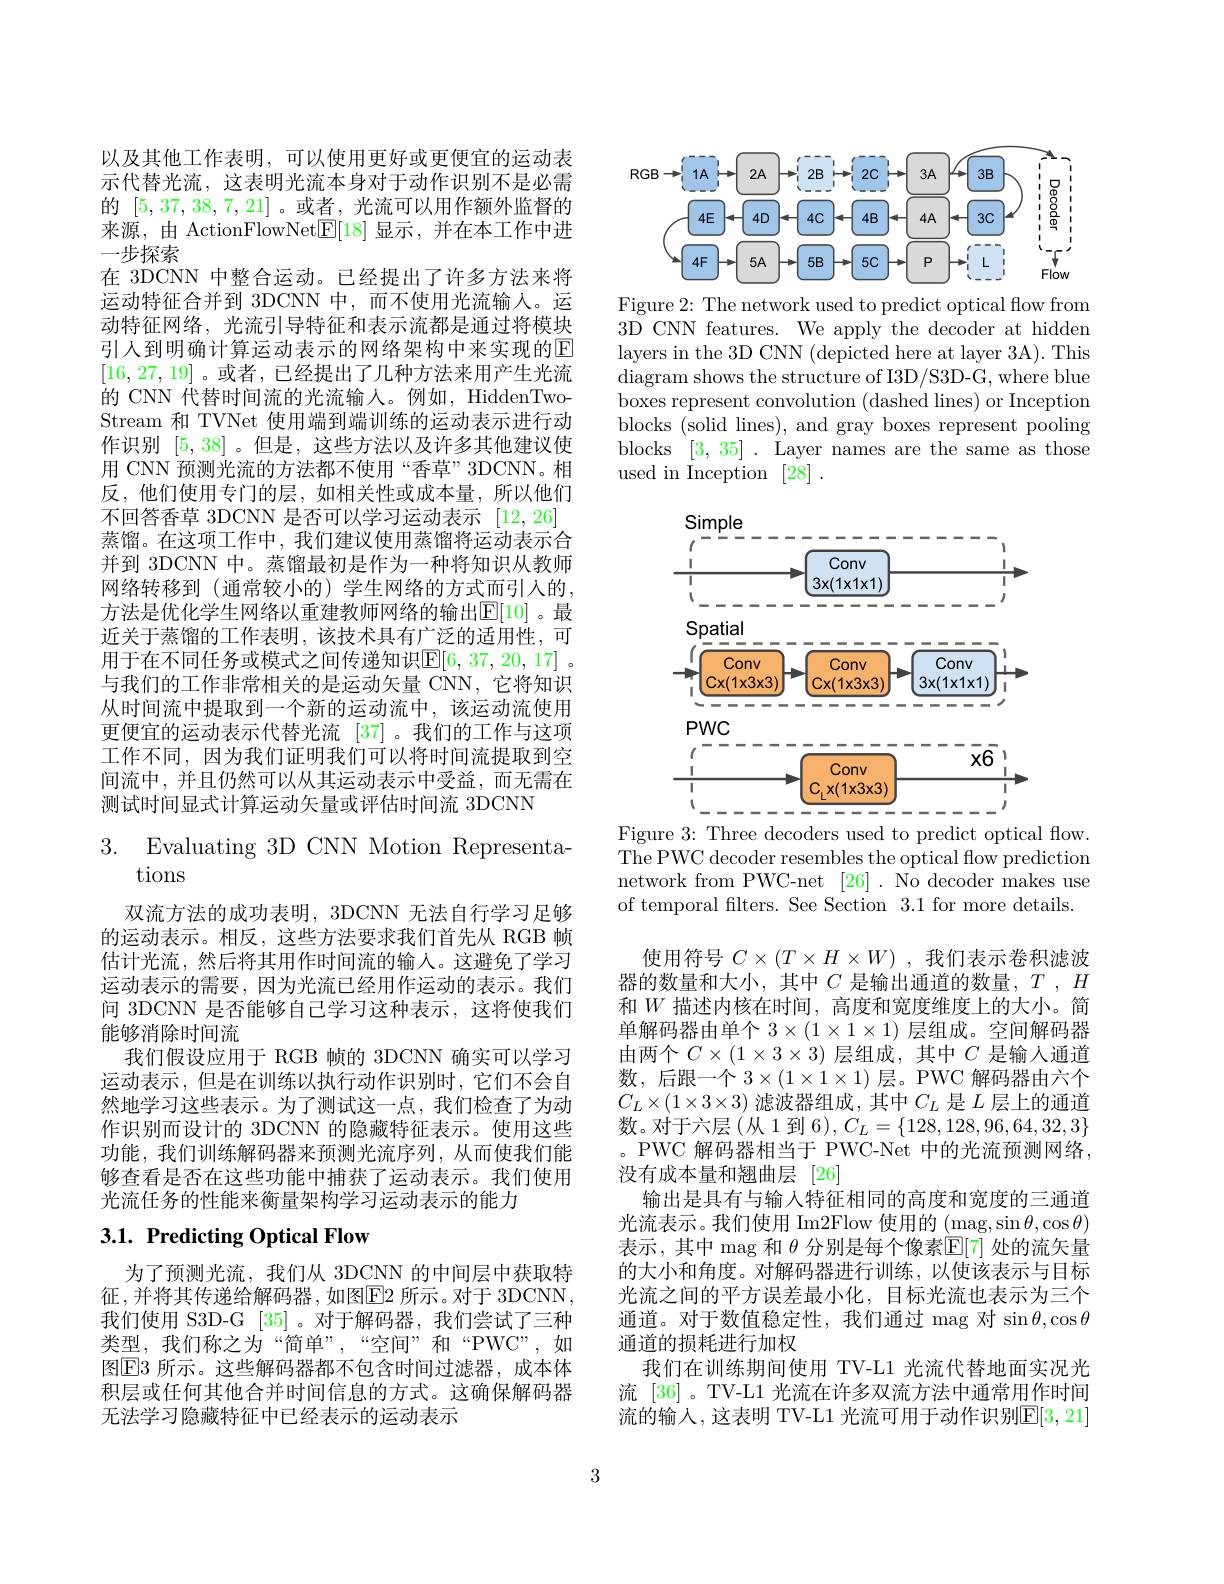
以及其他工作表明，可以使用更好或更便宜的运动表示代替光流，这表明光流本身对于动作识别不是必需的[5,37,38,7,21] 。或者 ,光流可以用作额外监督的来源，由 ActionFlowNet$\boxed{\mathrm{F}}[18]$显示，并在本工作中进一步探索
在 3DCNN 中整合运动。已经提出了许多方法来将运动特征合并到 3DCNN 中，而不使用光流输人。运动特征网络，光流引导特征和表示流都是通过将模块引人到明确计算运动表示的网络架构中来实现的E [16,27,19] 。或者 ,已经提出了几种方法来用产生光流的 CNN 代替时间流的光流输人。例如，HiddenTwoStream 和 TVNet 使用端到端训练的运动表示进行动作识别[5,38] 。但是，这些方法以及许多其他建议使用 CNN 预测光流的方法都不使用“香草”3DCNN。相反，他们使用专门的层，如相关性或成本量，所以他们不回答香草 3DCNN 是否可以学习运动表示[12,26] 蒸馏。在这项工作中，我们建议使用蒸馏将运动表示合并到 3DCNN 中。蒸馏最初是作为一种将知识从教师网络转移到(通常较小的)学生网络的方式而引入的， 方法是优化学生网络以重建教师网络的输出$\mathbb{E}[10]$。最近关于蒸馏的工作表明，该技术具有广泛的适用性，可用于在不同任务或模式之间传递知识$\mathbb{E}[6,37,20,17]$ 。与我们的工作非常相关的是运动矢量 CNN, 它将知识从时间流中提取到一个新的运动流中，该运动流使用更便宜的运动表示代替光流 [37]。我们的工作与这项工作不同，因为我们证明我们可以将时间流提取到空间流中，并且仍然可以从其运动表示中受益，而无需在测试时间显式计算运动矢量或评估时间流 3DCNN

3. Evaluating 3D CNN Motion Representa.
tions

双流方法的成功表明，3DCNN 无法自行学习足够的运动表示。相反，这些方法要求我们首先从 RGB 帧估计光流，然后将其用作时间流的输入。这避免了学习运动表示的需要，因为光流已经用作运动的表示。我们问 3DCNN 是否能够自己学习这种表示，这将使我们能够消除时间流
我们假设应用于 RGB 帧的 3DCNN 确实可以学习运动表示，但是在训练以执行动作识别时，它们不会自然地学习这些表示。为了测试这一点，我们检查了为动作识别而设计的 3DCNN 的隐藏特征表示。使用这些功能，我们训练解码器来预测光流序列，从而使我们能够查看是否在这些功能中捕获了运动表示。我们使用光流任务的性能来衡量架构学习运动表示的能力

## $3. 1. \textbf{ Predicting Optical Flow}$

为了预测光流，我们从 3DCNN 的中间层中获取特征，并将其传递给解码器，如图$\boxed{\mathrm{E}}2$ 所示。对于 3DCNN, 我们使用 S3D-G [35] 。对于解码器，我们尝试了三种类型，我们称之为“简单”,“空间”和“PWC”,如图$\boxed{\mathrm{E}3\text{ 所示。这些解码器都不包含时间过滤器，成本体}}$ 积层或任何其他合并时间信息的方式。这确保解码器无法学习隐藏特征中已经表示的运动表示

<FigureHere>

Figure 2: The network used to predict optical flow from 3D CNN features. We apply the decoder at hidden layers in the 3D CNN (depicted here at layer 3A). This diagram shows the structure of I3D/S3D-G, where blue boxes represent convolution (dashed lines) or Inception blocks (solid lines), and gray boxes represent pooling blocks [3,35]. Layer names are the same as those used in Inception [28]

<FigureHere>
Figure 3: Three decoders used to predict optical flow.

The PWC decoder resembles the optical flow prediction network from PWC-net [26] . No decoder makes use of temporal filters. See Section 3.1 for more details.
使用符号$C\times(T\times H\times W)$ ,我们表示卷积滤波器的数量和大小，其中$C$是输出通道的数量，$T,H$ 和$W$描述内核在时间，高度和宽度维度上的大小。简单解码器由单个$3\times(1\times1\times1)$层组成。空间解码器由两个$C\times(1\times3\times3)$层组成，其中$C$是输人通道数，后跟一个$3\times(1\times1\times1)$层。PWC 解码器由六个$C_L\times(1\times3\times3)$ 滤波器组成，其中$C_L$ 是$L$ 层上的通道数。对于六层(从1到6$),C_L=\{128,128,96,64,32,3\}$ 。PWC 解码器相当于 PWC-Net 中的光流预测网络， 没有成本量和翘曲层[26]
输出是具有与输入特征相同的高度和宽度的三通道光流表示。我们使用 Im2Flow 使用的 (mag,sin$\theta,\cos\theta)$ 表示，其中 mag 和$\theta$分别是每个像素$\mathbb{E}[7]$处的流矢量的大小和角度。对解码器进行训练，以使该表示与目标光流之间的平方误差最小化，目标光流也表示为三个通道。对于数值稳定性，我们通过 mag 对$\sin\theta,\cos\theta$ 通道的损耗进行加权
我们在训练期间使用 TV-L1 光流代替地面实况光流 [36]。TV-L1 光流在许多双流方法中通常用作时间流的输入，这表明 TV-L1 光流可用于动作识别$\mathbb{E}[3,21]$

3